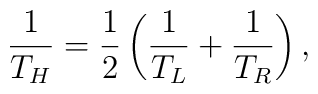
\frac{1}{T_{H}} = \frac{1}{2} \left( \frac{1}{T_{L}} + \frac{1}{T_{R}}  \right ),